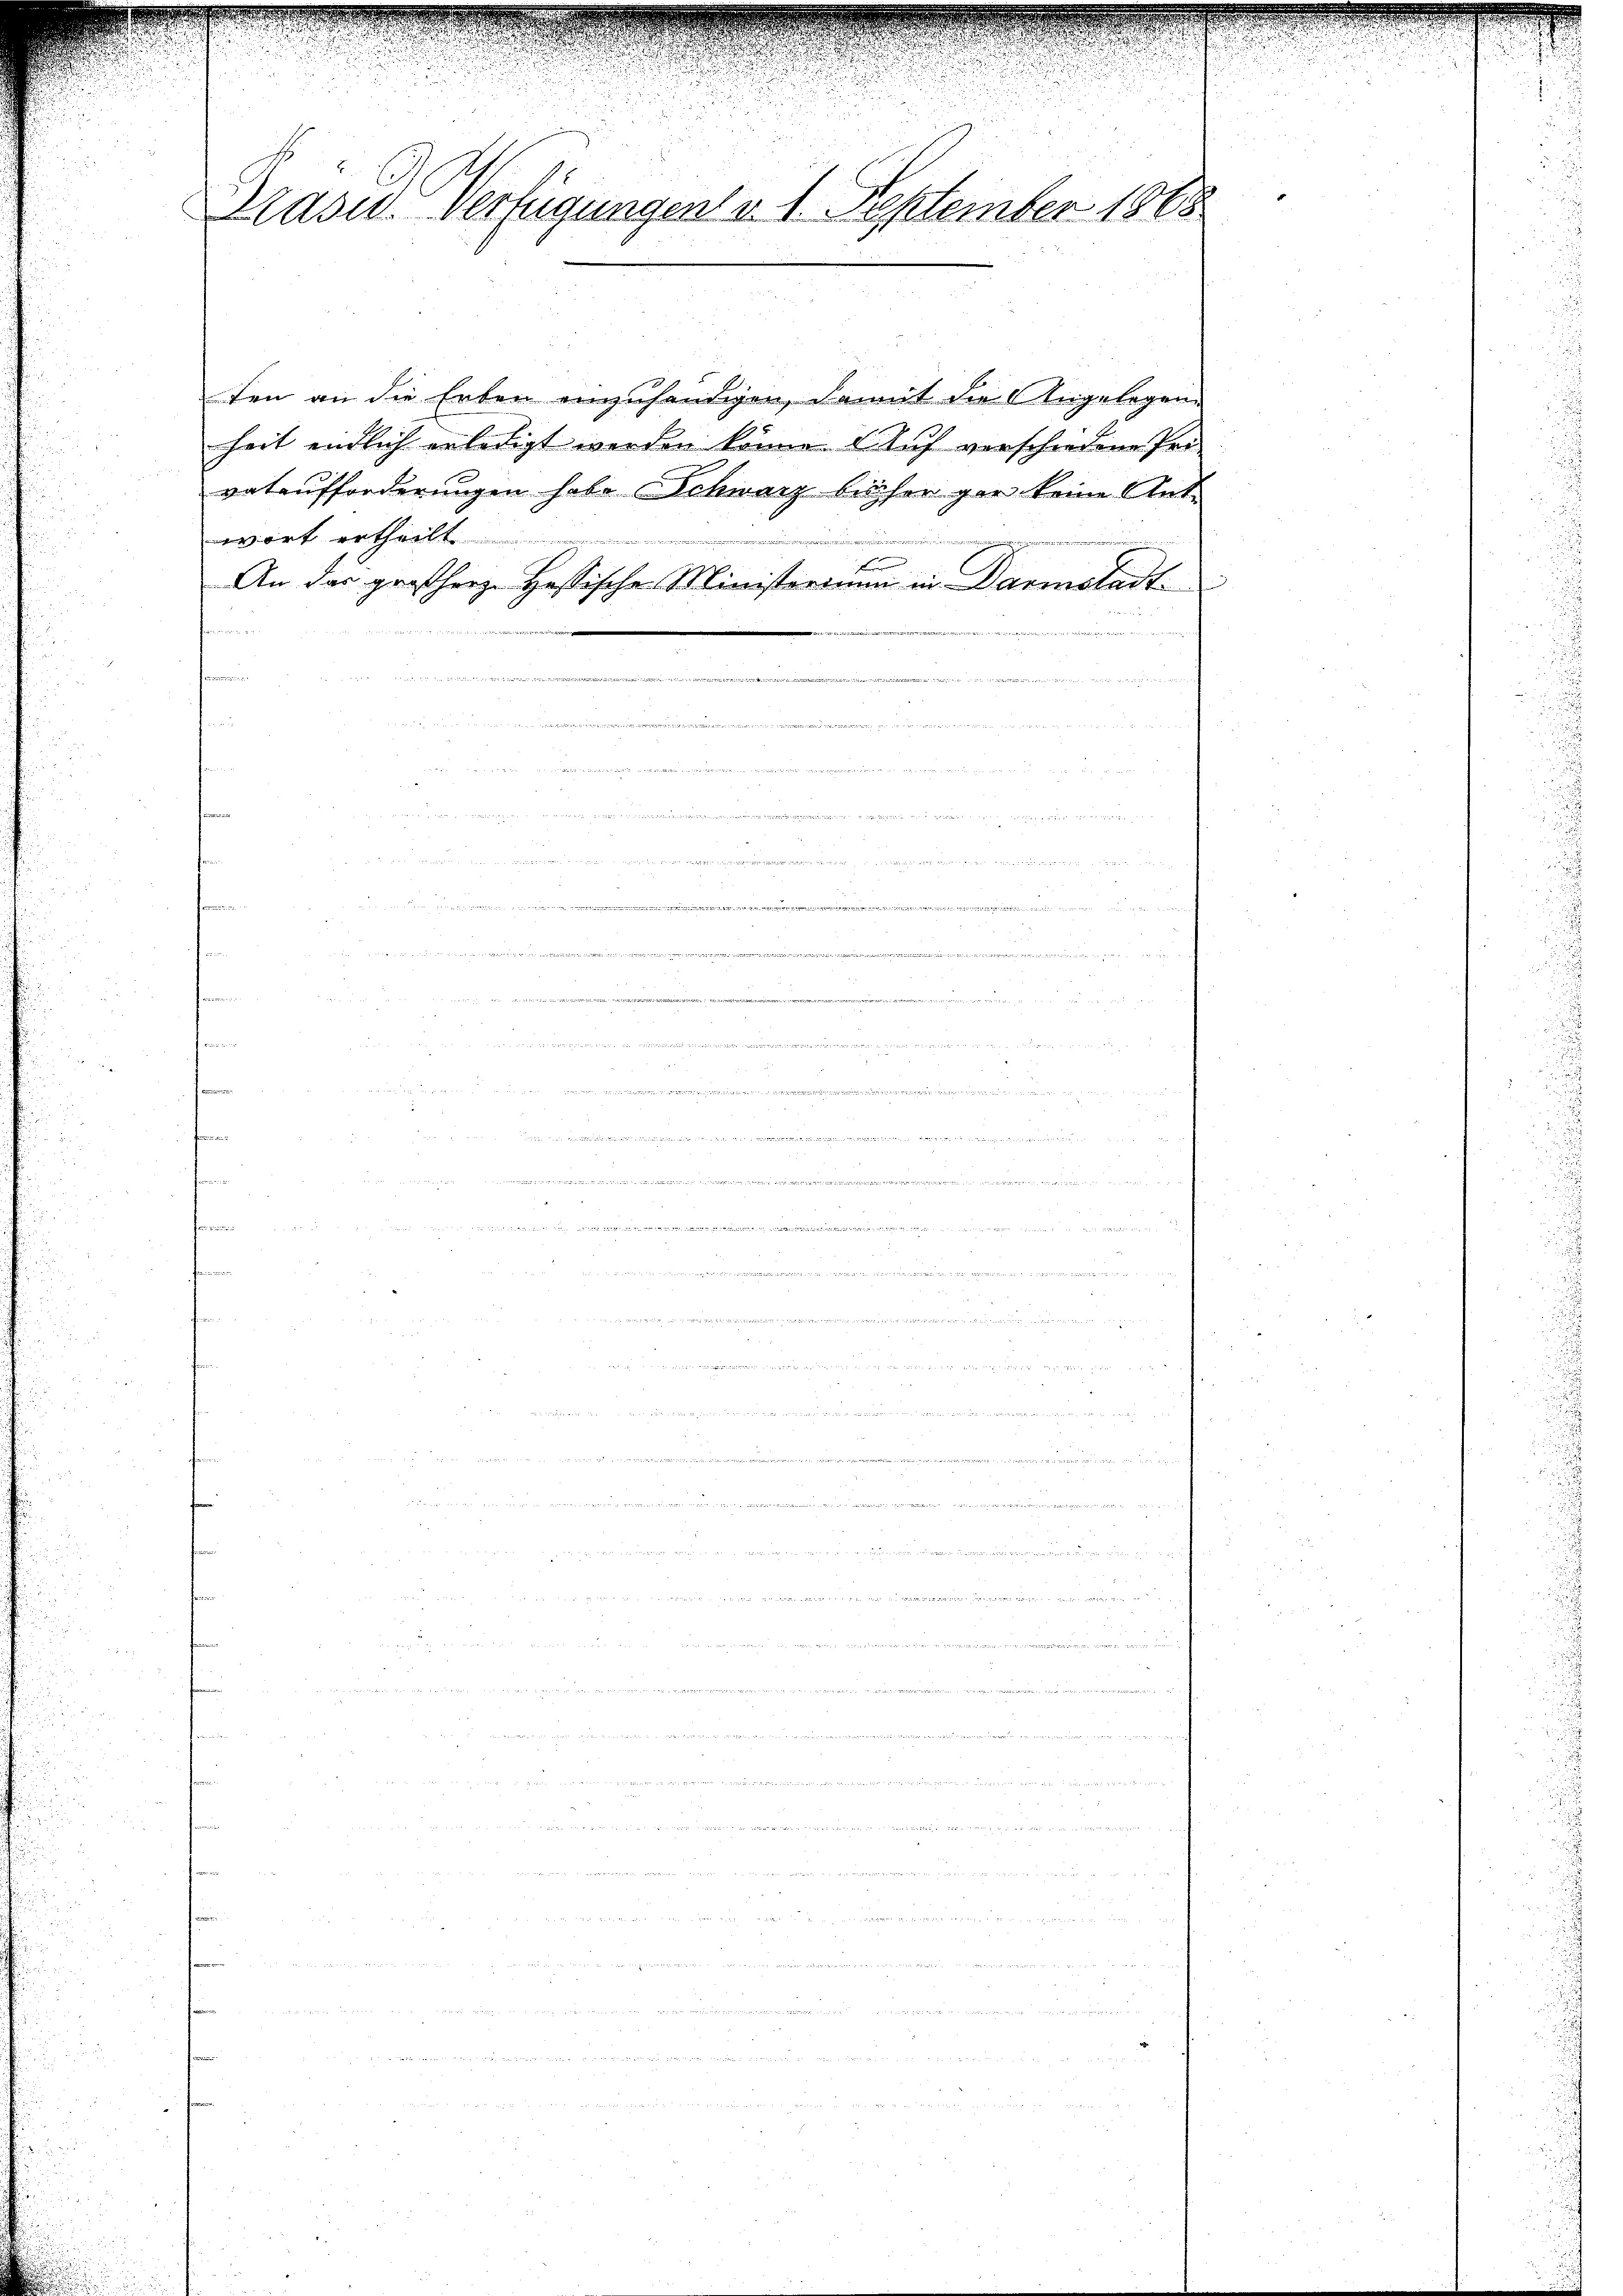
f einen

Prasis Verfügungen v. 1. September 1868

ten an die Erben einzuhändigen, damit die Angelegen
heit endlich erledigt werden könne & Auf verschiedene Pri-
vataufforderungen habe Schwarz bisher gar keine Antwort ertheilt
b
An das großherze Hassische Ministerium in Darmstadt¬

x
543
intner der eine an seiner war errieren und von 22 n 1. 177

B

g that